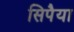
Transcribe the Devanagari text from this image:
सिपैया